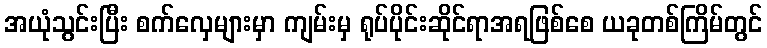
အယုံသွင်းပြီး စက်လှေများမှာ ကျမ်းမှ ရုပ်ပိုင်းဆိုင်ရာအရဖြစ်စေ ယခုတစ်ကြိမ်တွင်